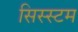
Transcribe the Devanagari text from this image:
सिस्स्टम